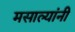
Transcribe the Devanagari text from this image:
मसाल्यांनी